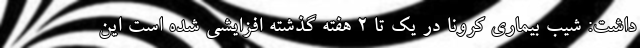
داشت: شیب بیماری کرونا در یک تا ۲ هفته گذشته افزایشی شده است این